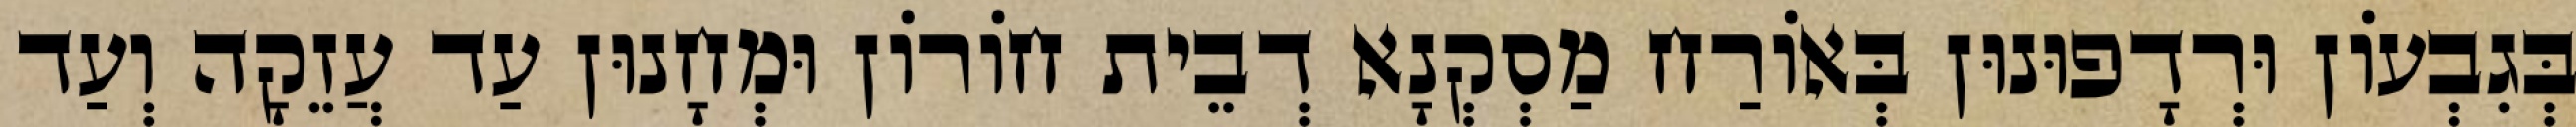
בְּגִבְעוֹן וּרְדָפוּנוּן בְּאוֹרַח מַסְקְנָא דְבֵית חוֹרוֹן וּמְחָנוּן עַד עֲזֵקָה וְעַד